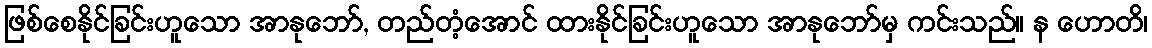
ဖြစ်စေနိုင်ခြင်းဟူသော အာနုဘော်, တည်တံ့အောင် ထားနိုင်ခြင်းဟူသော အာနုဘော်မှ ကင်းသည်။ န ဟောတိ၊